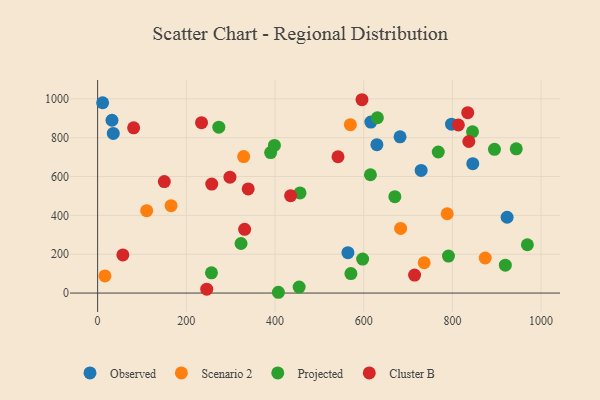
{"axis": {"x": "Study Hours", "y": "Yield"}, "legend": ["Cluster B", "Observed", "Projected", "Scenario 2"], "data": [{"x": "629.7", "y": 763.9, "type": "Observed"}, {"x": "35.3", "y": 822.2, "type": "Observed"}, {"x": "798.0", "y": 869.7, "type": "Observed"}, {"x": "845.9", "y": 666.3, "type": "Observed"}, {"x": "616.0", "y": 880.3, "type": "Observed"}, {"x": "681.9", "y": 804.7, "type": "Observed"}, {"x": "923.3", "y": 390.4, "type": "Observed"}, {"x": "11.3", "y": 980.0, "type": "Observed"}, {"x": "32.4", "y": 889.8, "type": "Observed"}, {"x": "564.4", "y": 208.0, "type": "Observed"}, {"x": "729.5", "y": 631.2, "type": "Observed"}, {"x": "165.6", "y": 450.0, "type": "Scenario 2"}, {"x": "736.3", "y": 156.1, "type": "Scenario 2"}, {"x": "683.2", "y": 332.7, "type": "Scenario 2"}, {"x": "110.6", "y": 424.4, "type": "Scenario 2"}, {"x": "873.9", "y": 180.4, "type": "Scenario 2"}, {"x": "16.5", "y": 88.2, "type": "Scenario 2"}, {"x": "569.9", "y": 867.0, "type": "Scenario 2"}, {"x": "329.3", "y": 702.9, "type": "Scenario 2"}, {"x": "788.2", "y": 408.4, "type": "Scenario 2"}, {"x": "273.3", "y": 854.1, "type": "Projected"}, {"x": "456.4", "y": 515.8, "type": "Projected"}, {"x": "407.6", "y": 4.0, "type": "Projected"}, {"x": "256.7", "y": 104.3, "type": "Projected"}, {"x": "630.8", "y": 902.8, "type": "Projected"}, {"x": "571.1", "y": 100.3, "type": "Projected"}, {"x": "323.4", "y": 255.2, "type": "Projected"}, {"x": "615.1", "y": 609.1, "type": "Projected"}, {"x": "845.3", "y": 830.7, "type": "Projected"}, {"x": "791.1", "y": 190.5, "type": "Projected"}, {"x": "454.4", "y": 30.7, "type": "Projected"}, {"x": "943.9", "y": 742.6, "type": "Projected"}, {"x": "894.8", "y": 740.3, "type": "Projected"}, {"x": "969.0", "y": 248.6, "type": "Projected"}, {"x": "670.2", "y": 496.1, "type": "Projected"}, {"x": "597.5", "y": 174.7, "type": "Projected"}, {"x": "768.1", "y": 726.3, "type": "Projected"}, {"x": "390.1", "y": 723.4, "type": "Projected"}, {"x": "398.6", "y": 760.0, "type": "Projected"}, {"x": "919.3", "y": 143.6, "type": "Projected"}, {"x": "331.5", "y": 328.0, "type": "Cluster B"}, {"x": "81.2", "y": 850.7, "type": "Cluster B"}, {"x": "246.0", "y": 20.1, "type": "Cluster B"}, {"x": "714.7", "y": 92.7, "type": "Cluster B"}, {"x": "435.2", "y": 501.5, "type": "Cluster B"}, {"x": "542.0", "y": 701.8, "type": "Cluster B"}, {"x": "837.0", "y": 780.5, "type": "Cluster B"}, {"x": "298.4", "y": 596.9, "type": "Cluster B"}, {"x": "813.4", "y": 865.5, "type": "Cluster B"}, {"x": "339.5", "y": 536.0, "type": "Cluster B"}, {"x": "234.3", "y": 877.4, "type": "Cluster B"}, {"x": "150.4", "y": 574.2, "type": "Cluster B"}, {"x": "257.3", "y": 561.2, "type": "Cluster B"}, {"x": "834.5", "y": 928.7, "type": "Cluster B"}, {"x": "56.9", "y": 196.1, "type": "Cluster B"}, {"x": "596.1", "y": 995.5, "type": "Cluster B"}]}